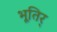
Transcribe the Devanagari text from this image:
भूतिर्